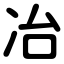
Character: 冶